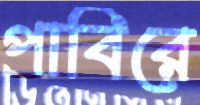
পাবিরে